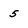
Character: 5